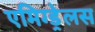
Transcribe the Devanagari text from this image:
एमिग्ड्रेलस